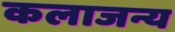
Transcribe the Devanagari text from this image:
कलाजन्य